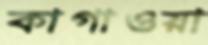
কাগাওয়া